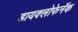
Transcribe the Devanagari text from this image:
डायक्लोफेनॅक